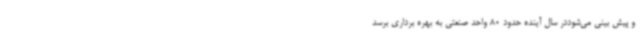
و پیش بینی می‌شوددر سال آینده حدود 80 واحد صنعتی به بهره برداری برسد